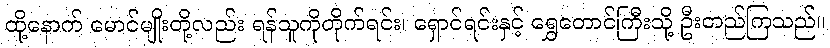
ထို့နောက် မောင်မျိုးတို့လည်း ရန်သူကိုတိုက်ရင်း၊ ရှောင်ရင်းနှင့် ရွှေတောင်ကြီးသို့ ဦးတည်ကြသည်။